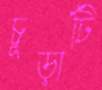
চূড়াটি